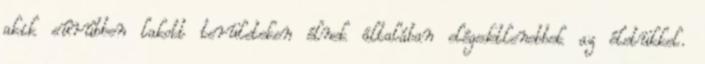
akik sûrûbben lakott területeken élnek általában elégedetlenebbek az életükkel.